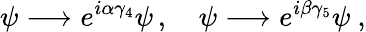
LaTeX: \psi\longrightarrow{e}^{i\alpha\gamma_{4}}\psi\, ,\quad\psi\longrightarrow{e}^{i\beta\gamma_{5}}\psi\ ,